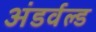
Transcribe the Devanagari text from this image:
अंडर्वल्ड